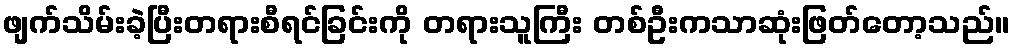
ဖျက်သိမ်းခဲ့ပြီးတရားစီရင်ခြင်းကို တရားသူကြီး တစ်ဦးကသာဆုံးဖြတ်တော့သည်။